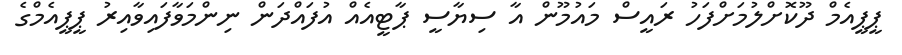
ޕީޕީއެމް ދޫކޮށްލުމަށްފަހު ރައީސް މައުމޫން އާ ސިޔާސީ ޕާޓީއެއް އުފައްދަން ނިންމަވާފައިވާއިރު ޕީޕީއެމްގެ